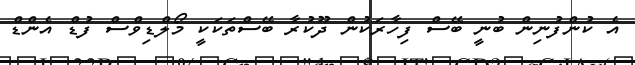
އެ ކުންފުނިން ބުނީ ބޭސް ފިހާރަކުން ދޫކުރާ ބޭސްތަކަކީ މޯލްޑިވްސް ފުޑް އެންޑް